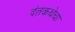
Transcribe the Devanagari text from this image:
दंतकथेचा